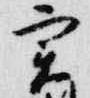
実